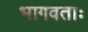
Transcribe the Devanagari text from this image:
भागवताः